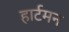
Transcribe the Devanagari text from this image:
हार्टमन